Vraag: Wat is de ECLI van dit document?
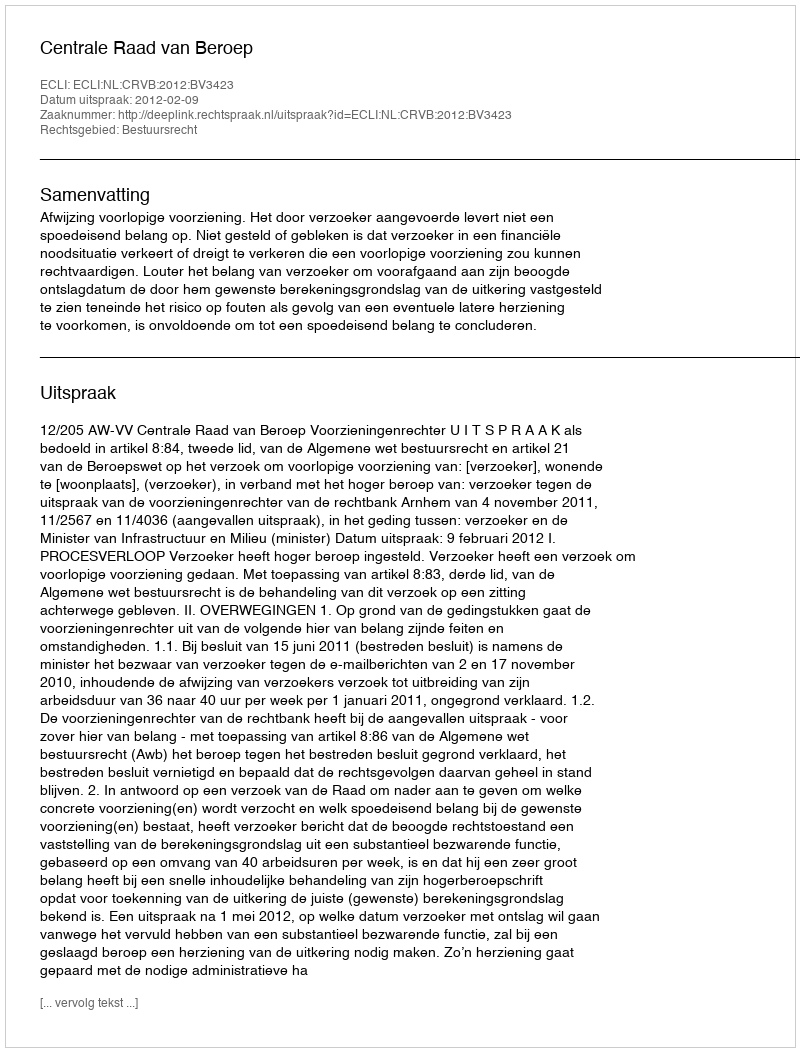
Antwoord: ECLI:NL:CRVB:2012:BV3423